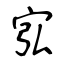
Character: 宖